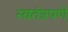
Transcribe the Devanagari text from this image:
स्‍वतंत्रपणे